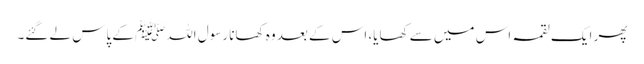
پھر ایک لقمہ اس میں سے کھایا، اس کے بعد وہ کھانا رسول اللہﷺ کے پاس لے گئے۔